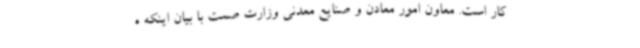
کار است. معاون امور معادن و صنایع معدنی وزارت صمت با بیان اینکه ه